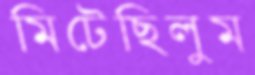
মিটেছিলুম